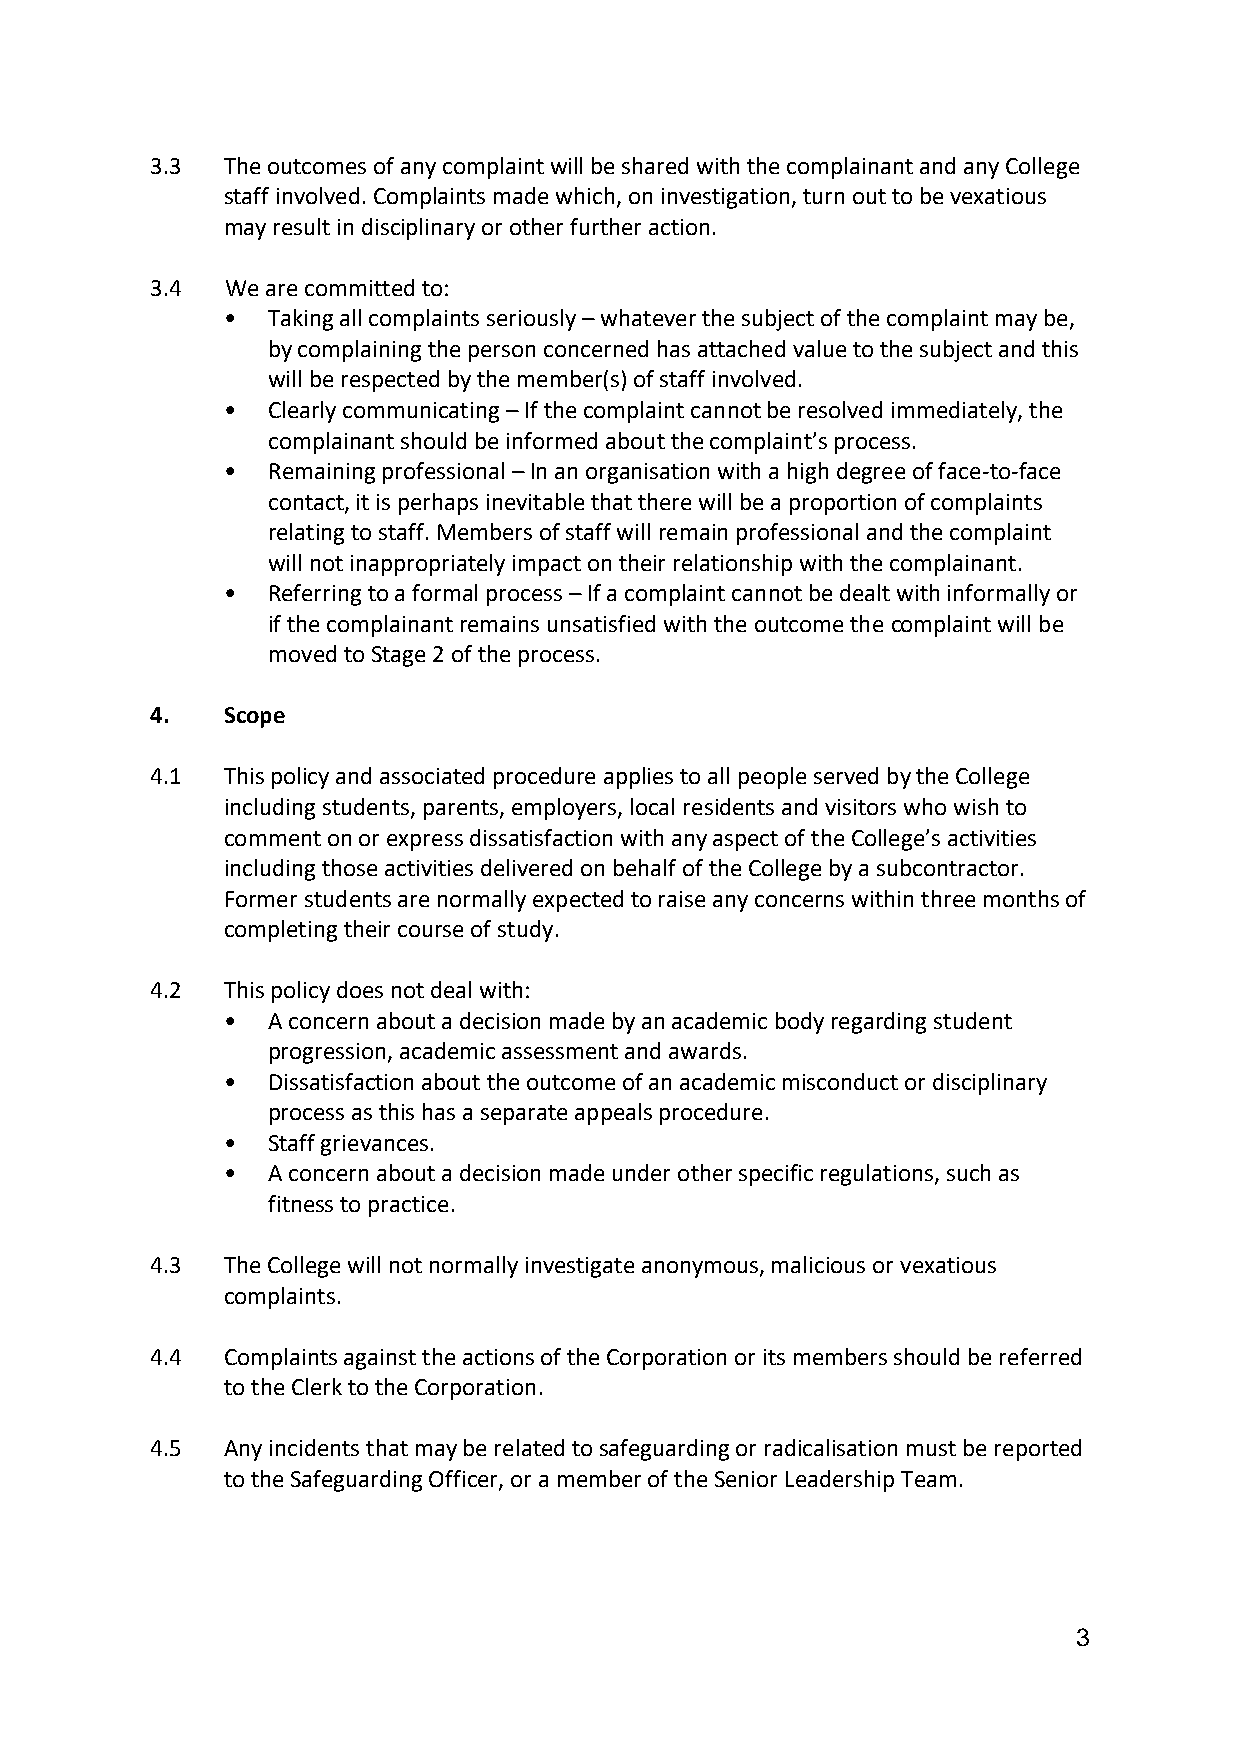
3.3  The outcomes of any complaint will be shared with the complainant and any College
 staff involved. Complaints made which, on investigation, turn out to be vexatious
 may result in disciplinary or other further action.
 3.4  We are committed to:
 •  Taking all complaints seriously – whatever the subject of the complaint may be,
 by complaining the person concerned has attached value to the subject and this
 will be respected by the member(s) of staff involved.
 •  Clearly communicating – If the complaint cannot be resolved immediately, the
 complainant should be informed about the complaint’s process.
 •  Remaining professional – In an organisation with a high degree of face-to-face
 contact, it is perhaps inevitable that there will be a proportion of complaints
 relating to staff. Members of staff will remain professional and the complaint
 will not inappropriately impact on their relationship with the complainant.
 •  Referring to a formal process – If a complaint cannot be dealt with informally or
 if the complainant remains unsatisfied with the outcome the complaint will be
 moved to Stage 2 of the process.
 4.   Scope
 4.1  This policy and associated procedure applies to all people served by the College
 including students, parents, employers, local residents and visitors who wish to
 comment on or express dissatisfaction with any aspect of the College’s activities
 including those activities delivered on behalf of the College by a subcontractor.
 Former students are normally expected to raise any concerns within three months of
 completing their course of study.
 4.2  This policy does not deal with:
 •  A concern about a decision made by an academic body regarding student
 progression, academic assessment and awards.
 •  Dissatisfaction about the outcome of an academic misconduct or disciplinary
 process as this has a separate appeals procedure.
 •  Staff grievances.
 •  A concern about a decision made under other specific regulations, such as
 fitness to practice.
 4.3  The College will not normally investigate anonymous, malicious or vexatious
 complaints.
 4.4  Complaints against the actions of the Corporation or its members should be referred
 to the Clerk to the Corporation.
 4.5  Any incidents that may be related to safeguarding or radicalisation must be reported
 to the Safeguarding Officer, or a member of the Senior Leadership Team.
 3